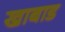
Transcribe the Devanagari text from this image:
खाबाड